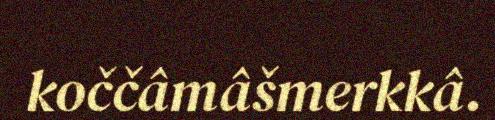
koččâmâšmerkkâ.